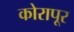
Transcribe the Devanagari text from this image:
कोरापूर